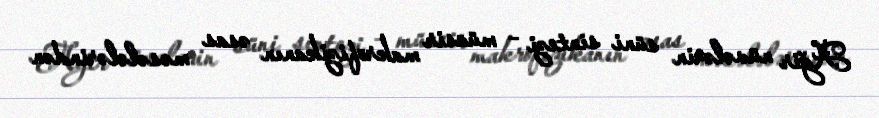
Ağir nüvələrin süni sintezi – müasir makrofizikanın əsas məsələlərindən